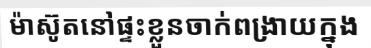
ម៉ាស៊ូតនៅផ្ទះខ្លួនចាក់ពង្រាយក្នុង